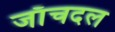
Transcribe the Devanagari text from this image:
जाँचदल